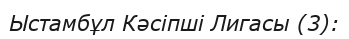
Ыстамбұл Кәсіпші Лигасы (3):